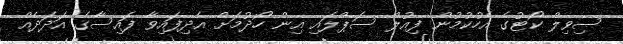
ސިވިލް ކޯޓުގެ އެހުކުމުން ފިއުލް ސަޕްލައި އިން ހޯދުމަށް އެދިފައިވާ ފައިސާގެ އަދަދެއް